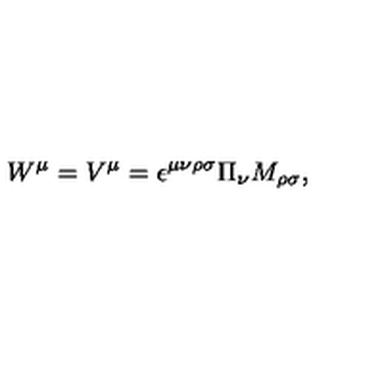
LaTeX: W ^ { \mu } = V ^ { \mu } = \epsilon ^ { \mu \nu \rho \sigma } \Pi _ { \nu } M _ { \rho \sigma } ,